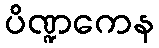
ပိဏ္ဍကေန